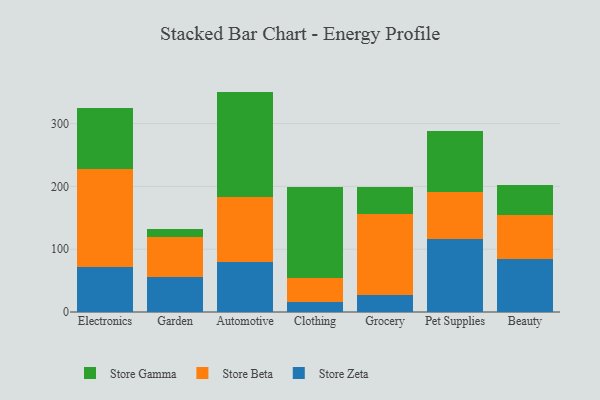
{"axis": {"x": "Category", "y": "Customer Acquisition Cost (USD)"}, "legend": ["Store Beta", "Store Gamma", "Store Zeta"], "data": [{"x": "Electronics", "y": 71.6, "type": "Store Zeta"}, {"x": "Electronics", "y": 156.7, "type": "Store Beta"}, {"x": "Electronics", "y": 97.3, "type": "Store Gamma"}, {"x": "Garden", "y": 55.4, "type": "Store Zeta"}, {"x": "Garden", "y": 64.8, "type": "Store Beta"}, {"x": "Garden", "y": 11.6, "type": "Store Gamma"}, {"x": "Automotive", "y": 80.3, "type": "Store Zeta"}, {"x": "Automotive", "y": 102.2, "type": "Store Beta"}, {"x": "Automotive", "y": 168.5, "type": "Store Gamma"}, {"x": "Clothing", "y": 16.3, "type": "Store Zeta"}, {"x": "Clothing", "y": 37.3, "type": "Store Beta"}, {"x": "Clothing", "y": 146.0, "type": "Store Gamma"}, {"x": "Grocery", "y": 26.8, "type": "Store Zeta"}, {"x": "Grocery", "y": 129.9, "type": "Store Beta"}, {"x": "Grocery", "y": 42.6, "type": "Store Gamma"}, {"x": "Pet Supplies", "y": 116.9, "type": "Store Zeta"}, {"x": "Pet Supplies", "y": 74.6, "type": "Store Beta"}, {"x": "Pet Supplies", "y": 97.0, "type": "Store Gamma"}, {"x": "Beauty", "y": 85.0, "type": "Store Zeta"}, {"x": "Beauty", "y": 70.0, "type": "Store Beta"}, {"x": "Beauty", "y": 46.5, "type": "Store Gamma"}]}